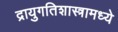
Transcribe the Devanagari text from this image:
द्रायुगतिशास्त्रामध्ये